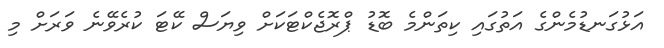
އަޅުގަނޑުމެންގެ އަތުގައި ކިތަންމެ ބޮޑު ޕްރޮޖެކްޓަކަށް ވިޔަސް ކޭޓަ ކުރެވޭނެ ވަރަށް މި